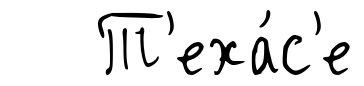
Т'еха́с'е